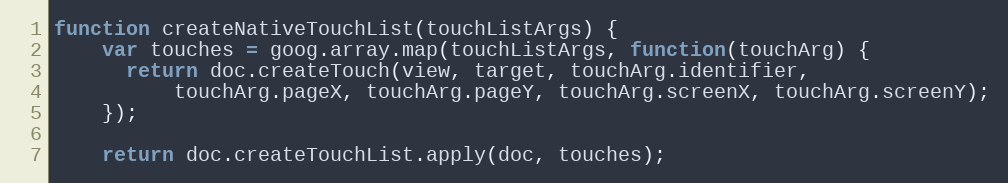
Language: JavaScript
function createNativeTouchList(touchListArgs) {
    var touches = goog.array.map(touchListArgs, function(touchArg) {
      return doc.createTouch(view, target, touchArg.identifier,
          touchArg.pageX, touchArg.pageY, touchArg.screenX, touchArg.screenY);
    });

    return doc.createTouchList.apply(doc, touches);